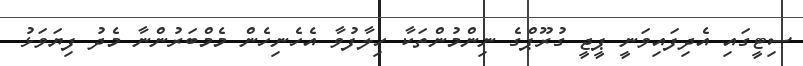
ސިޓީގައި އެދިފައިވަނީ ޕީޖީ ގުރޫޕްގެ ނިންމުންތަކާ ހިލާފުވާ އެހެނިހެން މެމްބަރުންނާ މެދު ފިޔަވަޅު